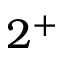
2 ^ { + }